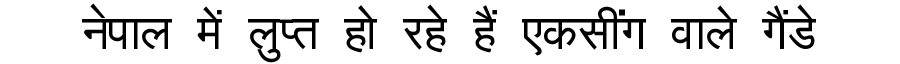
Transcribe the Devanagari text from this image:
नेपाल में लुप्त हो रहे हैं एकसींग वाले गैंडे